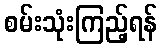
စမ်းသုံးကြည့်ရန်